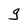
Character: g